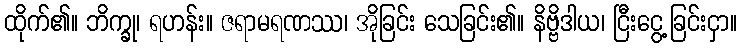
ထိုက်၏။ ဘိက္ခု၊ ရဟန်း။ ဇရာမရဏဿ၊ အိုခြင်း သေခြင်း၏။ နိဗ္ဗိဒါယ၊ ငြီးငွေ့ခြင်းငှာ။